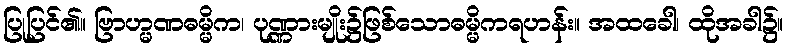
ပြုပြင်၏။ ဗြာဟ္မဏဓမ္မိက၊ ပုဏ္ဏားမျိုး၌ဖြစ်သောဓမ္မိကရဟန်း။ အထခေါ၊ ထိုအခါ၌။